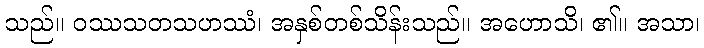
သည်။ ဝဿသတသဟဿံ၊ အနှစ်တစ်သိန်းသည်။ အဟောသိ၊ ၏။ အသာ၊